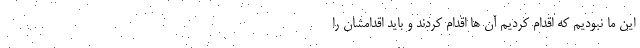
این ما نبودیم که اقدام کردیم آن ها اقدام کردند و باید اقدامشان را